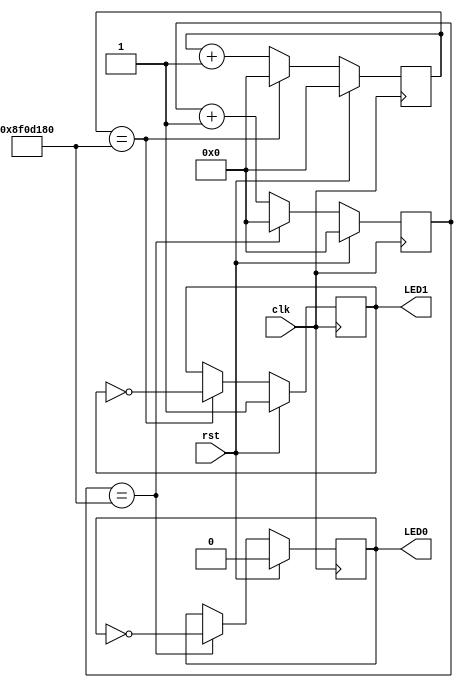
`timescale 1ns / 1ps
//////////////////////////////////////////////////////////////////////////////////
// Company: 
// Engineer: 
// 
// Design Name: 
// Module Name:    LED 
// Project Name: 
// Target Devices: 
// Tool versions: 
// Description: 
//
// Dependencies: 
//
// Revision: 
// Revision 0.01 - File Created
// Additional Comments: 
//
//////////////////////////////////////////////////////////////////////////////////
module LED(
	input clk,
	input rst,
	
	output reg LED0,
	output reg LED1
    );

	 reg  [28:0] LED_CNT0;
	 reg  [28:0] LED_CNT1;
	 
	 always @(posedge clk)		
	 begin
		if(rst)
		begin
			LED_CNT0<=29'd0;
			LED0<=1'b0;
		end
		else if(LED_CNT0==29'd150000000)
		begin
			LED0<=~LED0;
			LED_CNT0<=29'd0;
		end
		else
			LED_CNT0<=LED_CNT0+29'd1;
	 end
	 
	 always @(posedge clk)		
	 begin
		if(rst)
		begin
			LED_CNT1<=29'd0;
			LED1<=1'b1;
		end
		else if(LED_CNT1==29'd150000000)
		begin
			LED1<=~LED1;
			LED_CNT1<=29'd0;
		end
			else 
			LED_CNT1<=LED_CNT1+29'd1;
	 end
endmodule